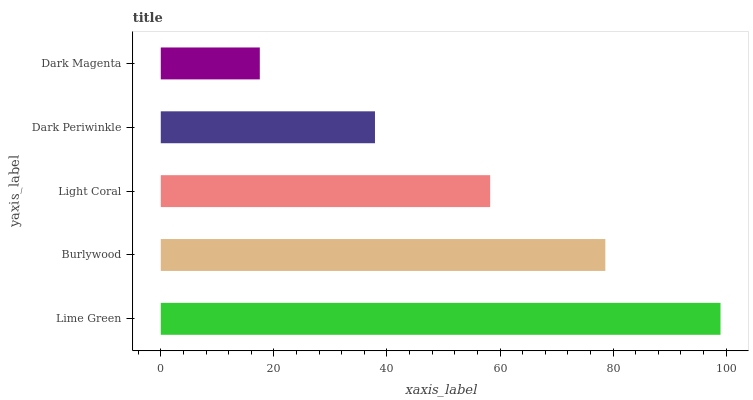
| yaxis_label | bars |
 | --- | --- |
 | Lime Green | 99 |
 | Burlywood | 78.6 |
 | Light Coral | 58.3 |
 | Dark Periwinkle | 37.9 |
 | Dark Magenta | 17.5 |